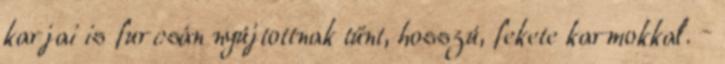
karjai is furcsán nyújtottnak tűnt, hosszú, fekete karmokkal. –